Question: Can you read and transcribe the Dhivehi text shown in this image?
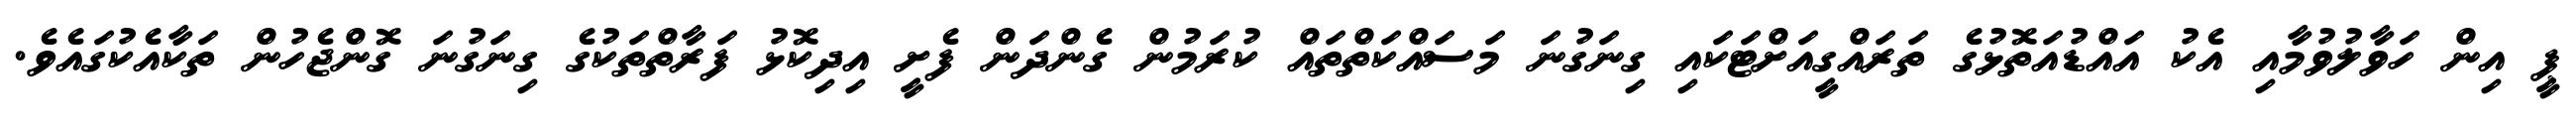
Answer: ޕީ އިން ހަވާލުވުމާއި އެކު އައްޑުއަތޮޅުގެ ތަރައްގީއަށްޓަކައި ގިނަގުނަ މަސައްކަތްތައް ކުރަމުން ގެންދަން ފެށީ އިދިކޮޅު ފަރާތްތަކުގެ ގިނަގުނަ ގޮންޖެހުން ތަކާއެކުގައެވެ.